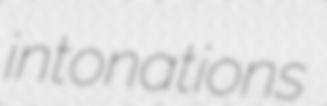
intonations